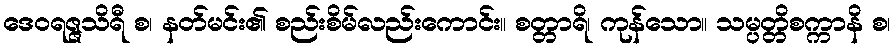
ဒေဝရဇ္ဇသိရီ စ၊ နတ်မင်း၏ စည်းစိမ်လည်းကောင်း။ စတ္တာရိ၊ ကုန်သော။ သမ္ပတ္တိစက္ကာနိ စ၊